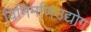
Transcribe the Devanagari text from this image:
विनिर्माणउद्योग